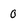
Character: 0